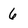
Character: 6